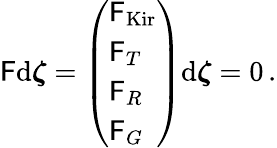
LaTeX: \begin{array}{r}{\mathsf{F}\mathrm{d}\boldsymbol{\zeta}=\left(\begin{array}{l}{\mathsf{F}_{\mathrm{Kir}}}\\ {\mathsf{F}_{T}}\\ {\mathsf{F}_{R}}\\ {\mathsf{F}_{G}}\end{array}\right)\mathrm{d}\boldsymbol{\zeta}=0\, .}\end{array}